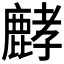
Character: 𪊷